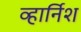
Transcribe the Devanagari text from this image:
व्हार्निश